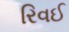
રિવઈ